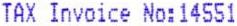
TAX INVOICE NO:14551